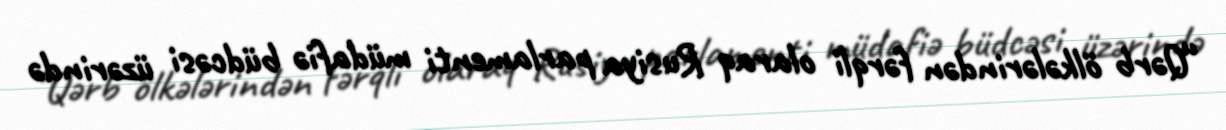
“Qərb ölkələrindən fərqli olaraq Rusiya parlamenti müdafiə büdcəsi üzərində